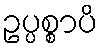
ဥပ္ပစ္စာပိ